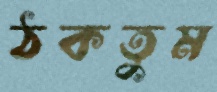
ঠকতুম